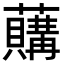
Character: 𧃛